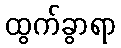
ထွက်ခွာရာ